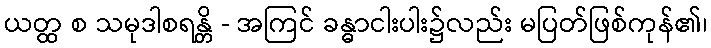
ယတ္ထ စ သမုဒါစရန္တိ - အကြင် ခန္ဓာငါးပါး၌လည်း မပြတ်ဖြစ်ကုန်၏၊